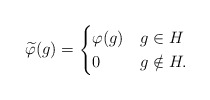
\begin{align*} \widetilde{\varphi}(g) = \begin{cases} \varphi(g) & g \in H \\ 0 & g \notin H. \end{cases}\end{align*}